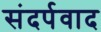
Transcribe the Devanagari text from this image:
संदर्पवाद